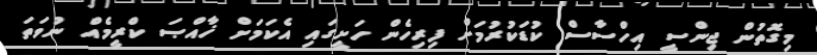
މިގޮތުން ޖިންސީ އިހްސާސް ކުޑަކުރުމަށް ފިރިހެން ހަށީގައި އެކަމަށް ޚާއްޞަ ކްރީމެއް ނުވަތަ